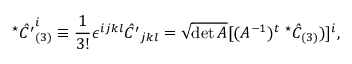
^ \star \hat { C ^ { \prime } } _ { ( 3 ) } ^ { i } \equiv \frac { 1 } { 3 ! } \epsilon ^ { i j k l } \hat { C ^ { \prime } } _ { j k l } = \sqrt { \operatorname * { d e t } A } [ ( A ^ { - 1 } ) ^ { t } \; ^ { \star } \hat { C } _ { ( 3 ) } ) ] ^ { i } ,